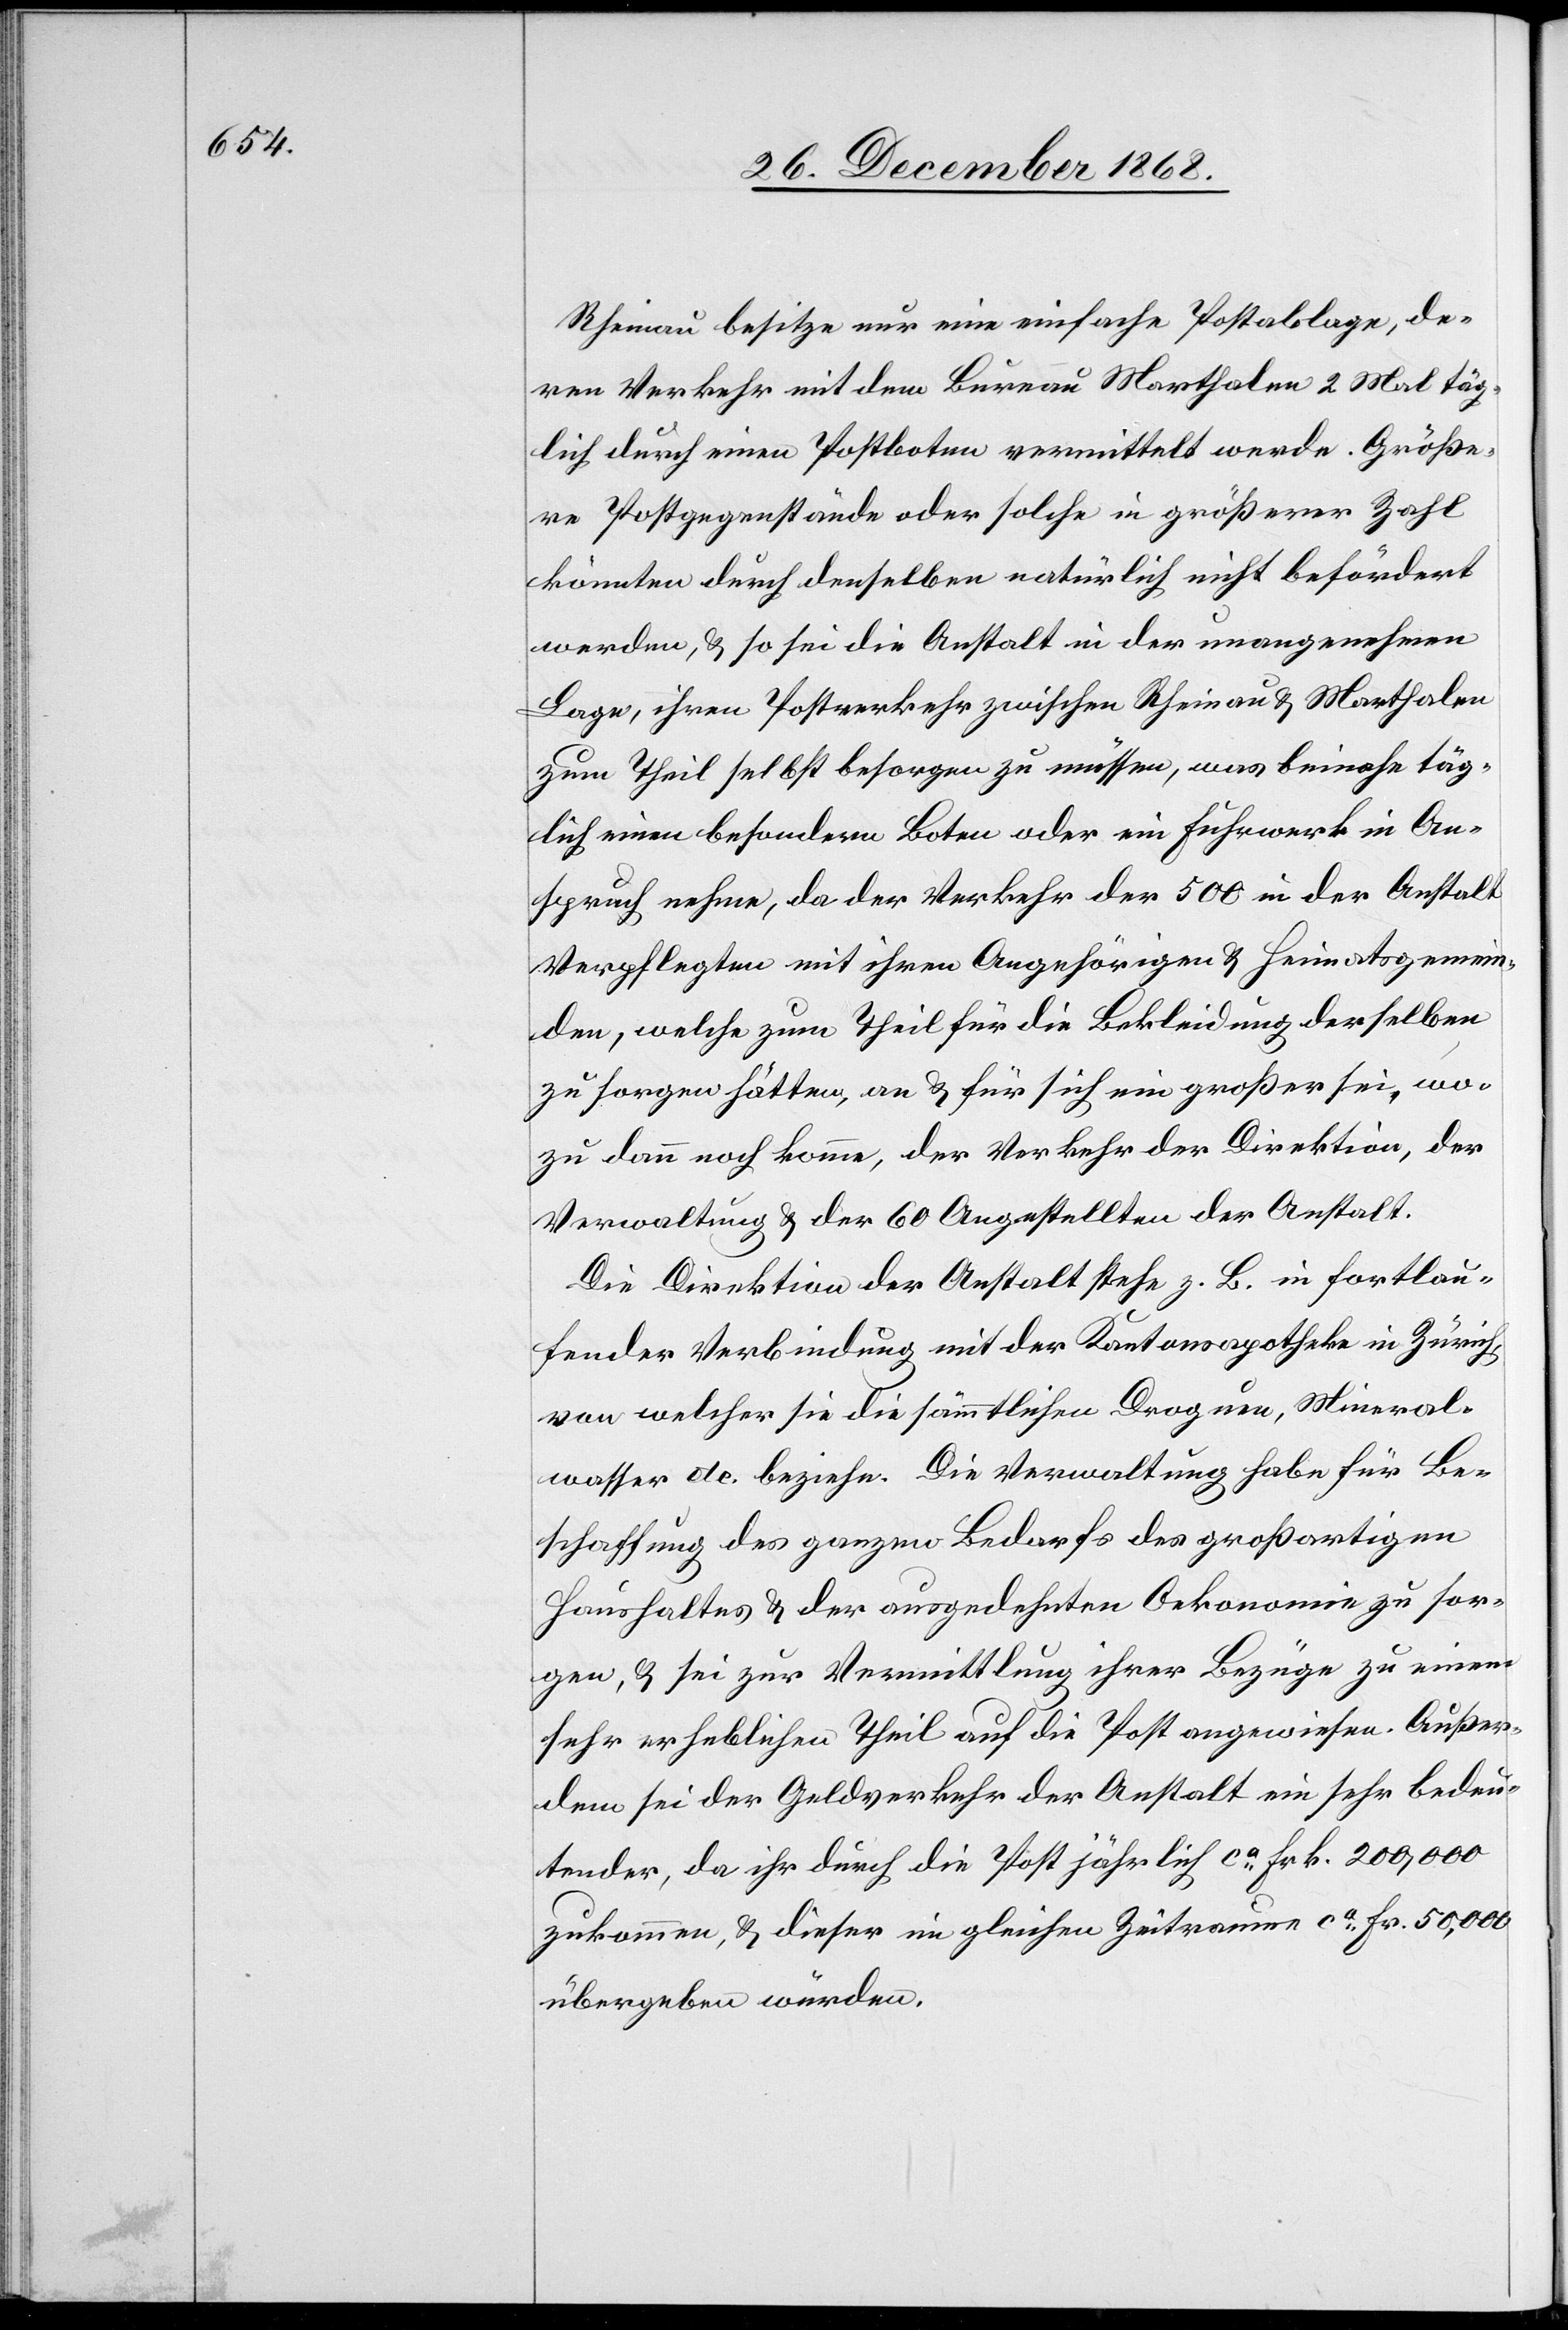
Rheinau besitze nur eine einfache Postablage, de¬
ren Verkehr mit dem Bureau Marthalen 2 Mal täg¬
lich durch einen Postboten vermittelt werde. Größe¬
re Postgegenstände oder solche in größerer Zahl
könnten durch denselben natürlich nicht befördert
werden, & so sei die Anstalt in der unangenehmen
Lage, ihren Postverkehr zwischen Rheinau & Marthalen
zum Theil selbst besorgen zu müssen, was beinahe täg¬
lich einen besondern Boten oder ein Fuhrwerk in An¬
spruch nehme, da der Verkehr der 500 in der Anstalt
Verpflegten mit ihren Angehörigen & Heimatsgemein¬
den, welche zum Theil für die Bekleidung derselben
zu sorgen hätten, an & für sich ein großer sei, wo¬
zu dann noch komme, der Verkehr der Direktion, der
Verwaltung & der 60 Angestellten der Anstalt.
Die Direktion der Anstalt stehe z. B. in fortlau¬
fender Verbindung mit der Kantonsapotheke in Zürich,
von welcher sie die sämmtlichen Droguen, Mineral¬
wasser etc. beziehe. Die Verwaltung habe für Be¬
schaffung des ganzen Bedarfs des großartigen
Haushaltes & der ausgedehnten Oekonomie zu sor¬
gen, & sei zur Vermittlung ihrer Bezüge zu einem
sehr erheblichen Theil auf die Post angewiesen. Außer¬
dem sei der Geldverkehr der Anstalt ein sehr bedeu¬
tender, da ihr durch die Post jährlich ca Frk. 200,000
zukommen, & dieser im gleichen Zeitraume ca Fr. 50,000
übergeben würden.